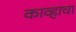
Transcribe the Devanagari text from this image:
काव्हाचा